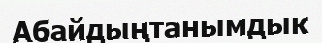
Абайдыңтанымдык